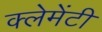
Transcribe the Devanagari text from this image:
क्लेमेंटी